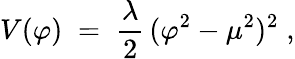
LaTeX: V(\varphi)\; =\; \frac{\lambda}{2}\, (\varphi^{2}-\mu^{2})^{2}\; ,